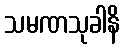
သမဏသုခါနိ